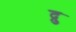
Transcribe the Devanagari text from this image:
द्रु